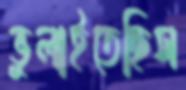
ভুলাইতেছিস